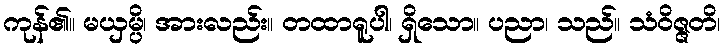
ကုန်၏။ မယှမ္ပိ၊ အားလည်း။ တထာရူပါ၊ ရှိသော။ ပညာ၊ သည်။ သံဝိဇ္ဇတိ၊